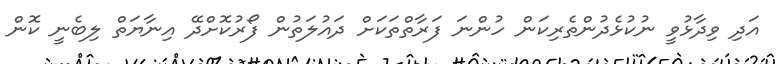
އަދި ވިދާޅުވީ ނުކުޅެދުންތެރިކަން ހުންނަ ފަރާތްތަކަށް ދައުލަތުން ފޯރުކޮށްދޭ އިނާޔަތް ލިބެނީ ކޮން